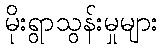
မိုးရွာသွန်းမှုများ